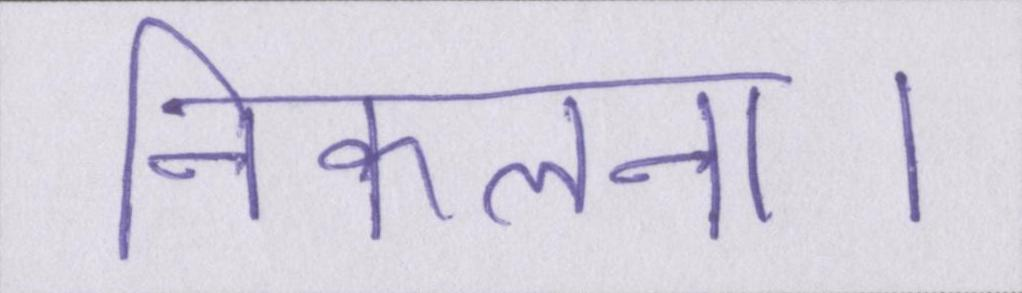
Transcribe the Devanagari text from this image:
निकलना।